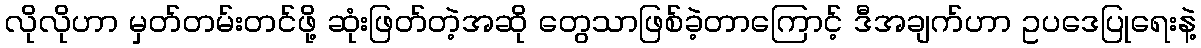
လိုလိုဟာ မှတ်တမ်းတင်ဖို့ ဆုံးဖြတ်တဲ့အဆို တွေသာဖြစ်ခဲ့တာကြောင့် ဒီအချက်ဟာ ဥပဒေပြုရေးနဲ့